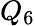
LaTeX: Q_{6}